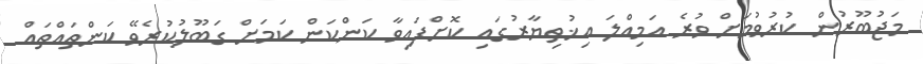
މަޖުބޫރުން ކުރުވުމަށް ވުރެ އަމިއްލަ އިޚުތިޔާރުގައި ކޮށްފައިވާ ކަންކަން ކަމަށް ގަބޫލުކުރެވޭ ކަންތައްތައް